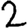
Digit: 2